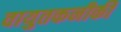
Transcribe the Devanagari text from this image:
वायुतकनीकी